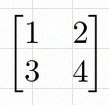
\begin{bmatrix}1&2\\3&4\end{bmatrix}